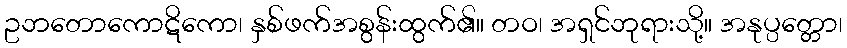
ဥဘတောကောဋိကော၊ နှစ်ဖက်အစွန်းထွက်၏။ တဝ၊ အရှင်ဘုရားသို့။ အနုပ္ပတ္တော၊